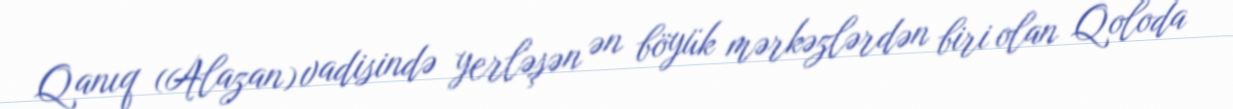
Qanıq (Alazan) vadisində yerləşən ən böyük mərkəzlərdən biri olan Qoloda